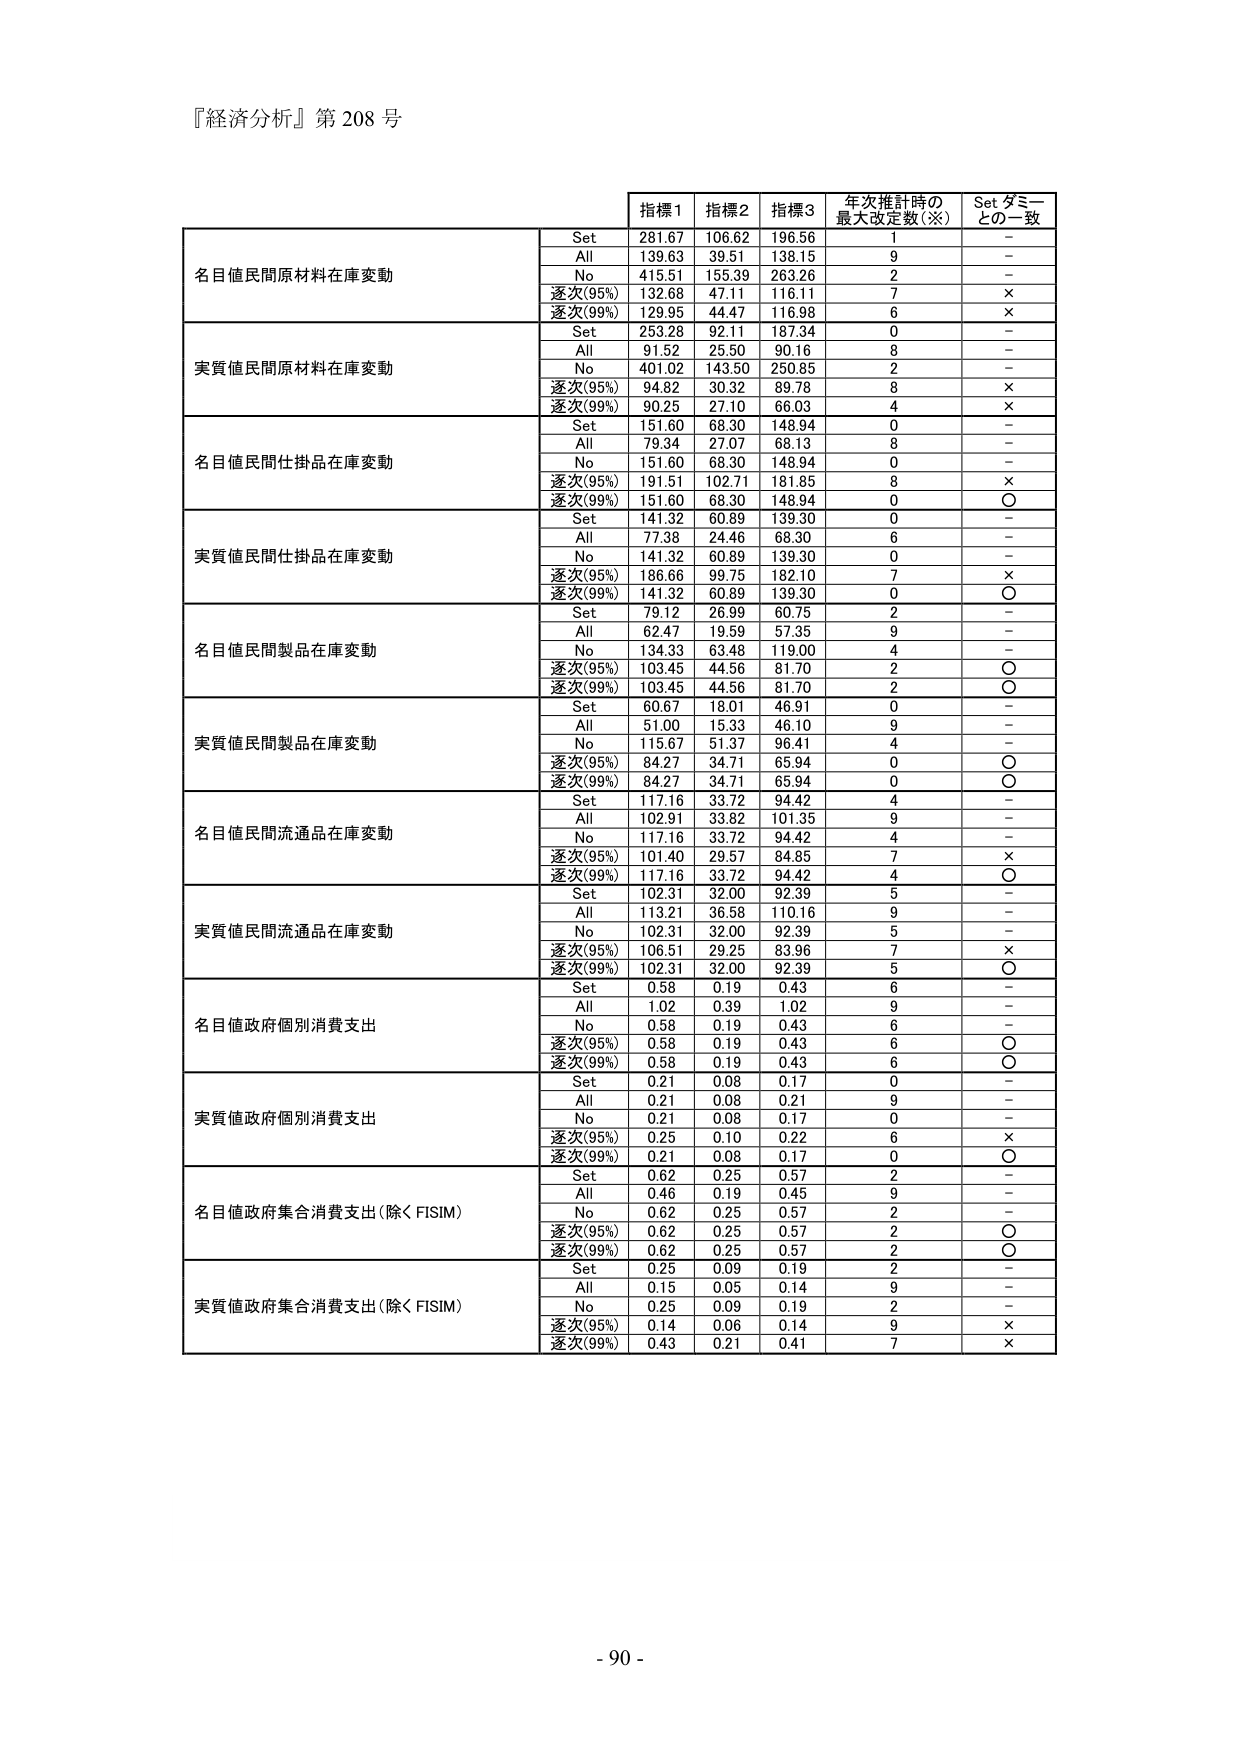
『経済分析』第 208 号

指標1 指標2 指標3 年次推計時の最大改定数（※） Set ダミーとの一致

名目値民間原材料在庫変動
Set 281.67 106.62 196.56 1 -
All 139.63 39.51 138.15 9 -
No 415.51 155.39 263.26 2 -
逐次(95%) 132.68 47.11 116.11 7 ×
逐次(99%) 129.95 44.47 116.98 6 ×

実質値民間原材料在庫変動
Set 253.28 92.11 187.34 0 -
All 91.52 25.50 90.16 8 -
No 401.02 143.50 250.85 2 -
逐次(95%) 94.82 30.32 89.78 8 ×
逐次(99%) 90.25 27.10 66.03 4 ×

名目値民間仕掛品在庫変動
Set 151.60 68.30 148.94 0 -
All 79.34 27.07 68.13 8 -
No 151.60 68.30 148.94 0 -
逐次(95%) 191.51 102.71 181.85 8 ×
逐次(99%) 151.60 68.30 148.94 0 ○

実質値民間仕掛品在庫変動
Set 141.32 60.89 139.30 0 -
All 77.38 24.46 68.30 6 -
No 141.32 60.89 139.30 0 -
逐次(95%) 186.66 99.75 182.10 7 ×
逐次(99%) 141.32 60.89 139.30 0 ○

名目値民間製品在庫変動
Set 79.12 26.99 60.75 2 -
All 62.47 19.59 57.35 9 -
No 134.33 63.48 119.00 4 -
逐次(95%) 103.45 44.56 81.70 2 ○
逐次(99%) 103.45 44.56 81.70 2 ○

実質値民間製品在庫変動
Set 60.67 18.01 46.91 0 -
All 51.00 15.33 46.10 9 -
No 115.67 51.37 96.41 4 -
逐次(95%) 84.27 34.71 65.94 0 ○
逐次(99%) 84.27 34.71 65.94 0 ○

名目値民間流通品在庫変動
Set 117.16 33.72 94.42 4 -
All 102.91 33.82 101.35 9 -
No 117.16 33.72 94.42 4 -
逐次(95%) 101.40 29.57 84.85 7 ×
逐次(99%) 117.16 33.72 94.42 4 ○

実質値民間流通品在庫変動
Set 102.31 32.00 92.39 5 -
All 113.21 36.58 110.16 9 -
No 102.31 32.00 92.39 5 -
逐次(95%) 106.51 29.25 83.96 7 ×
逐次(99%) 102.31 32.00 92.39 5 ○

名目値政府個別消費支出
Set 0.58 0.19 0.43 6 -
All 1.02 0.39 1.02 9 -
No 0.58 0.19 0.43 6 -
逐次(95%) 0.58 0.19 0.43 6 ○
逐次(99%) 0.58 0.19 0.43 6 ○

実質値政府個別消費支出
Set 0.21 0.08 0.17 0 -
All 0.21 0.08 0.21 9 -
No 0.21 0.08 0.17 0 -
逐次(95%) 0.25 0.10 0.22 6 ×
逐次(99%) 0.21 0.08 0.17 0 ○

名目値政府集合消費支出（除く FISIM）
Set 0.62 0.25 0.57 2 -
All 0.46 0.19 0.45 9 -
No 0.62 0.25 0.57 2 -
逐次(95%) 0.62 0.25 0.57 2 ○
逐次(99%) 0.62 0.25 0.57 2 ○

実質値政府集合消費支出（除く FISIM）
Set 0.25 0.09 0.19 2 -
All 0.15 0.05 0.14 9 -
No 0.25 0.09 0.19 2 -
逐次(95%) 0.14 0.06 0.14 9 ×
逐次(99%) 0.43 0.21 0.41 7 ×

- 90 -